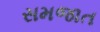
સમજાત